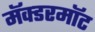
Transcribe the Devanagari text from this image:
मॅक्डरमॉट